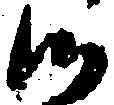
候